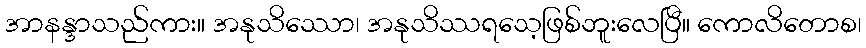
အာနန္ဒာသည်ကား။ အနုသိဿော၊ အနုသိဿရသေ့ဖြစ်ဘူးလေပြီ။ ကောလိတောစ၊